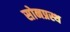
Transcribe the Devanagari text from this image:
सोनप्रस्थ